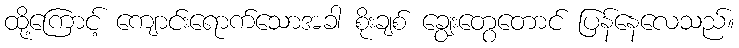
ထို့ကြောင့် ကျောင်းရောက်သောအခါ စိုးချစ် ချွေးတွေတောင် ပြန်နေလေသည်။